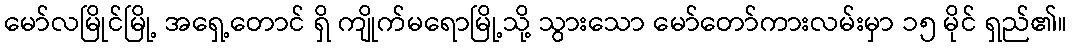
မော်လမြိုင်မြို့ အရှေ့တောင် ရှိ ကျိုက်မရောမြို့သို့ သွားသော မော်တော်ကားလမ်းမှာ ၁၅ မိုင် ရှည်၏။